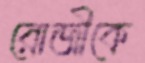
রোজীকে